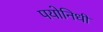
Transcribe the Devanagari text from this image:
पयोनिधी